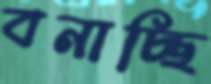
বনাচ্ছি